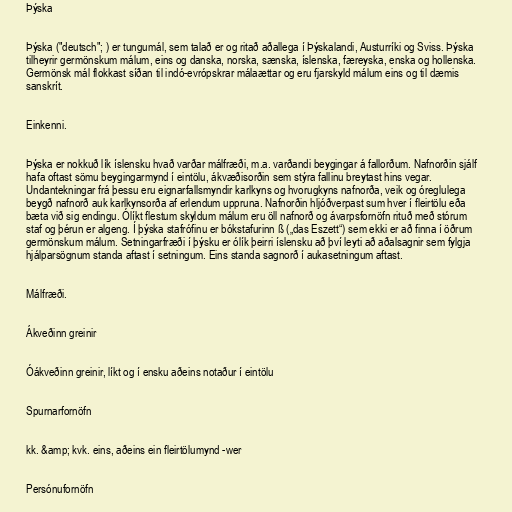
Þýska

Þýska ("deutsch"; ) er tungumál, sem talað er og ritað aðallega í Þýskalandi, Austurríki og Sviss. Þýska
tilheyrir germönskum málum, eins og danska, norska, sænska, íslenska, færeyska, enska og hollenska.
Germönsk mál flokkast síðan til indó-evrópskrar málaættar og eru fjarskyld málum eins og til dæmis
sanskrít.

Einkenni.

Þýska er nokkuð lík íslensku hvað varðar málfræði, m.a. varðandi beygingar á fallorðum. Nafnorðin sjálf
hafa oftast sömu beygingarmynd í eintölu, ákvæðisorðin sem stýra fallinu breytast hins vegar.
Undantekningar frá þessu eru eignarfallsmyndir karlkyns og hvorugkyns nafnorða, veik og óreglulega
beygð nafnorð auk karlkynsorða af erlendum uppruna. Nafnorðin hljóðverpast sum hver í fleirtölu eða
bæta við sig endingu. Ólíkt flestum skyldum málum eru öll nafnorð og ávarpsfornöfn rituð með stórum
staf og þérun er algeng. Í þýska stafrófinu er bókstafurinn ß („das Eszett“) sem ekki er að finna í öðrum
germönskum málum. Setningarfræði í þýsku er ólík þeirri íslensku að því leyti að aðalsagnir sem fylgja
hjálparsögnum standa aftast í setningum. Eins standa sagnorð í aukasetningum aftast.

Málfræði.

Ákveðinn greinir

Óákveðinn greinir, líkt og í ensku aðeins notaður í eintölu

Spurnarfornöfn

kk. &amp; kvk. eins, aðeins ein fleirtölumynd -wer

Persónufornöfn